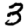
Digit: 3